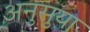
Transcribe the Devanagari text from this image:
अनुसुया